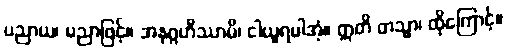
ပညာယ၊ ပညာဖြင့်။ အနုဂ္ဂဟိဿာမိ၊ ငါယူရပါအံ့။ ဣတိ တသ္မာ၊ ထိုကြောင့်။